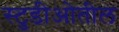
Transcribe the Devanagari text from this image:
स्टुडीओतील